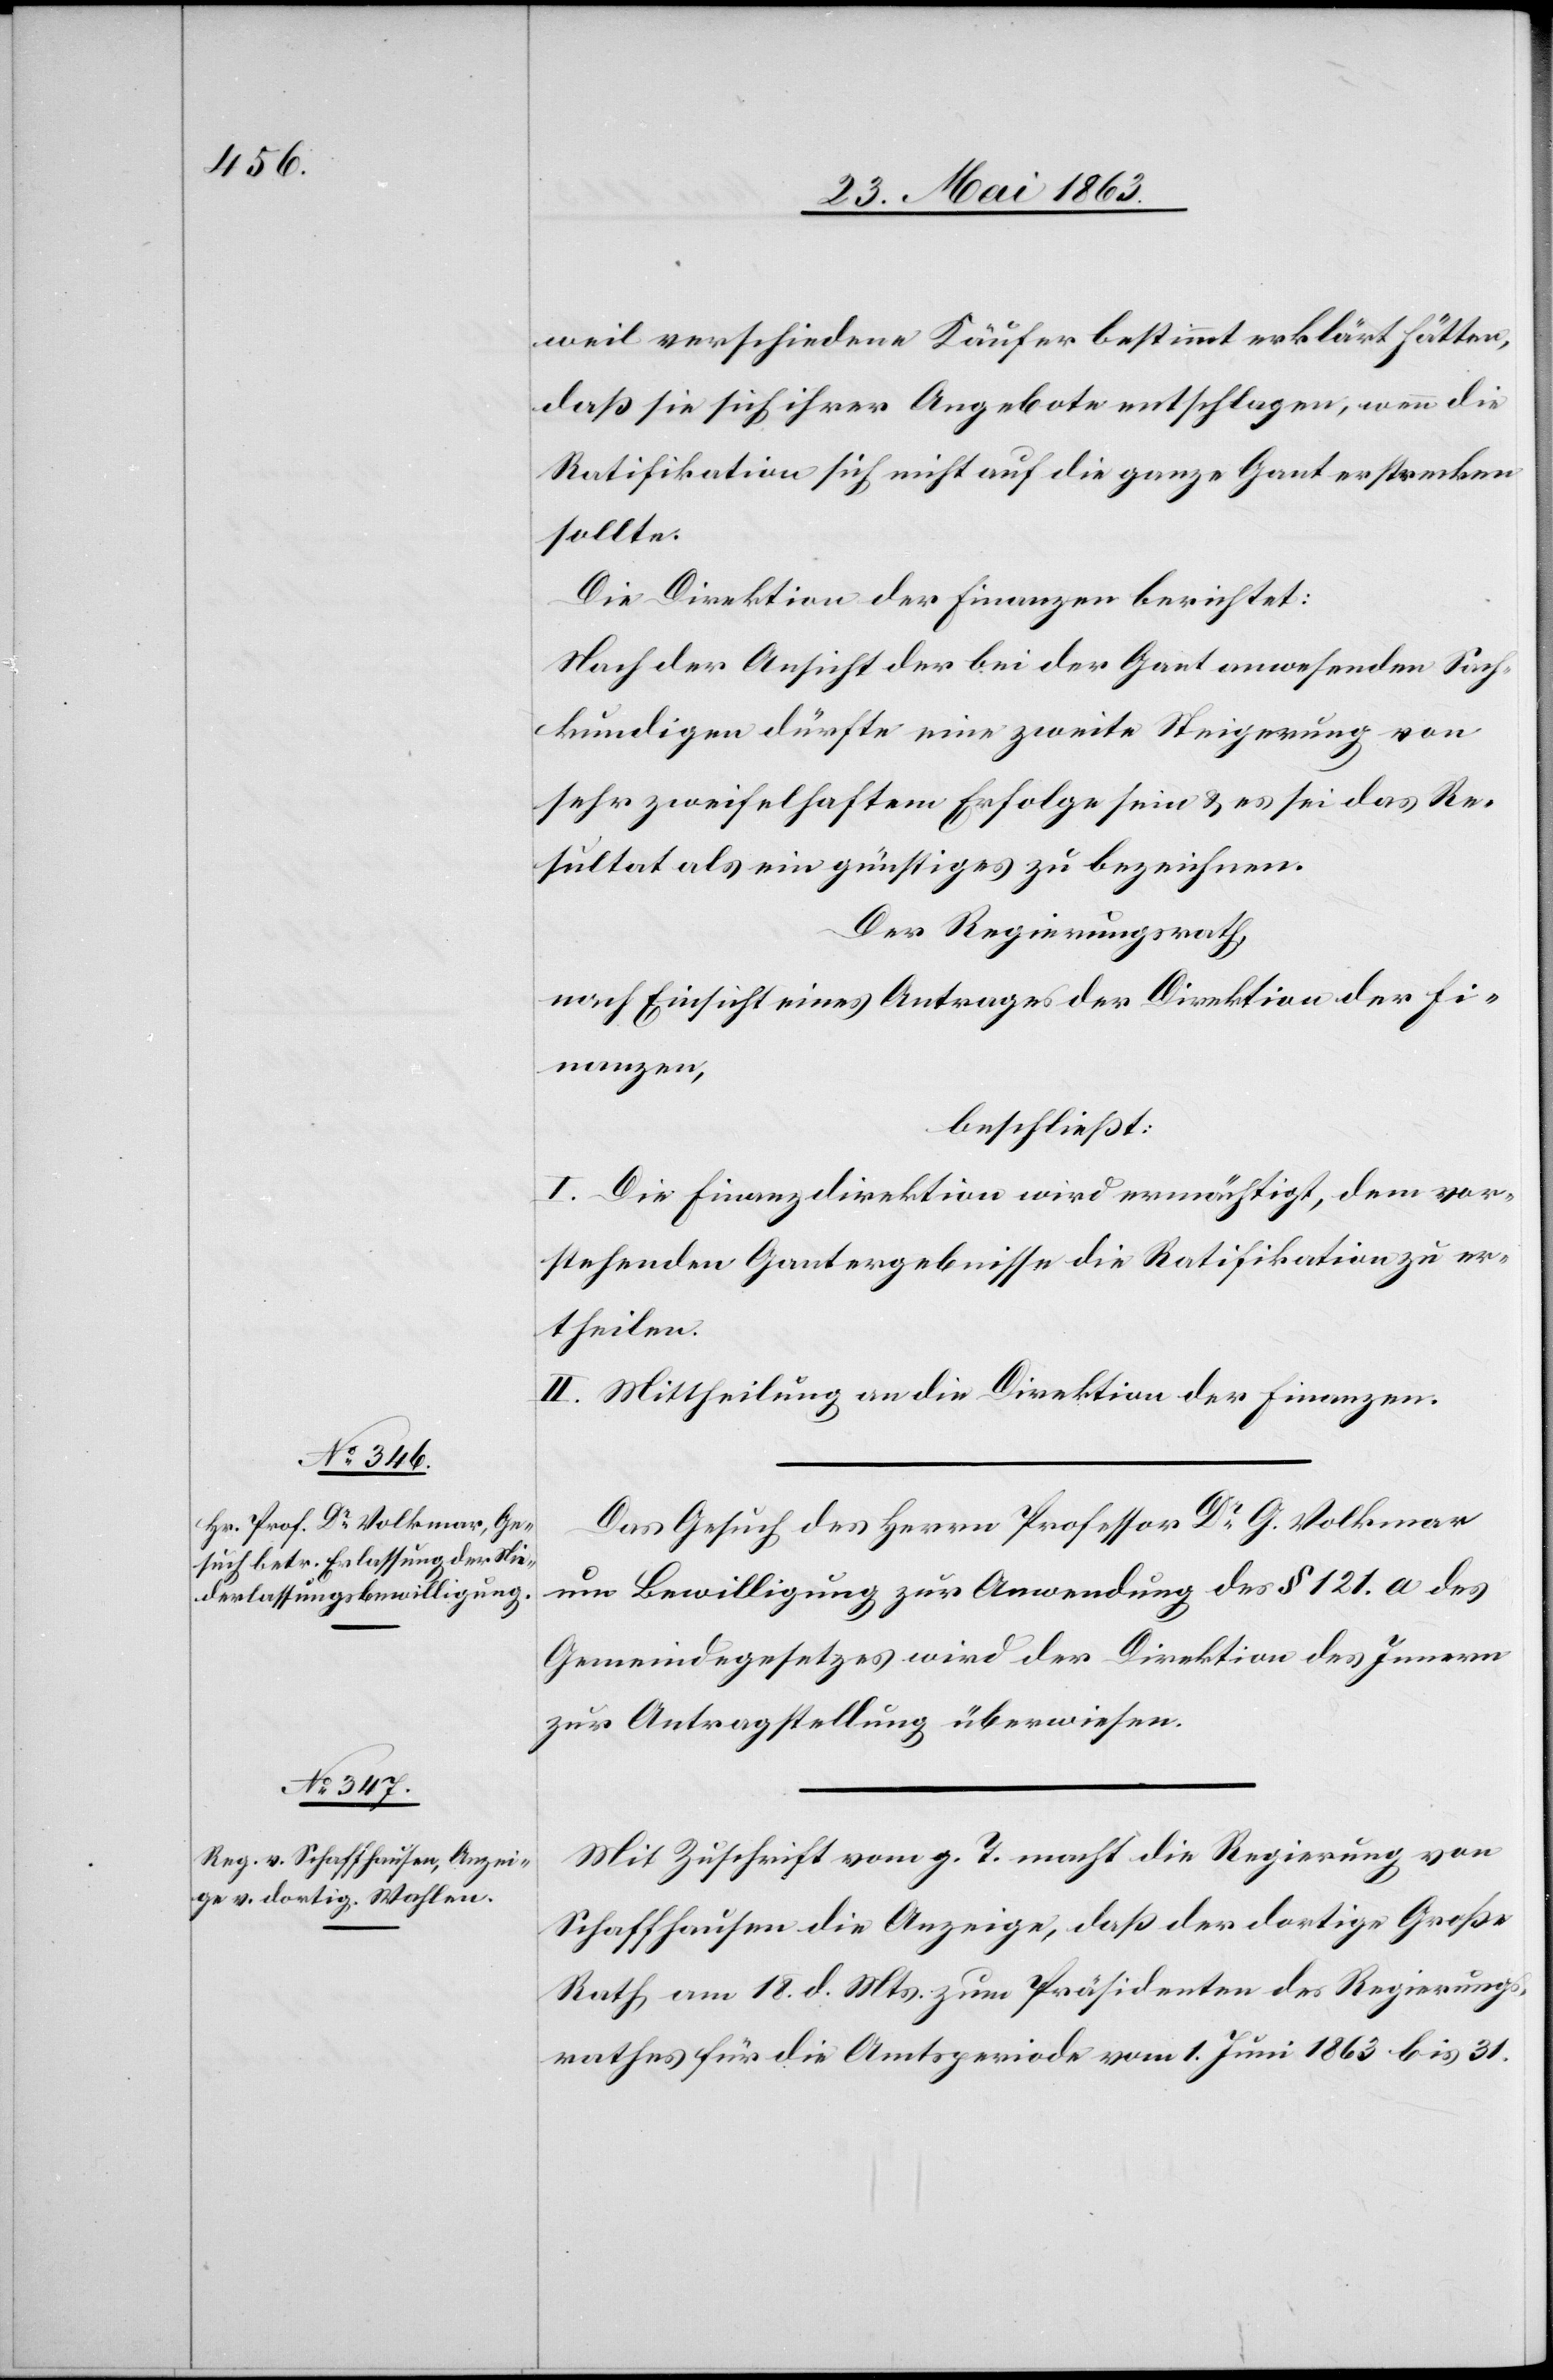
29. Mai 1863.]
weil verschiedene Käufer bestimmt erklärt hätten,
daß sie sich ihrer Angebote entschlagen, wenn die
Ratifikation sich nicht auf die ganze Gant erstrecken
sollte.
Die Direktion der Finanzen berichtet:
Nach der Ansicht der bei der Gant anwesenden Sach¬
kundigen dürfte eine zweite Steigerung von
sehr zweifelhaftem Erfolge sein & es sei das Re¬
sultat als ein günstiges zu bezeichnen.
Der Regierungsrath,
nach Einsicht eines Antrages der Direktion der Fi¬
nanzen,
beschließt:
I. Die Finanzdirektion wird ermächtigt, dem vor¬
stehenden Gantergebnisse die Ratifikation zu er¬
theilen.
II. Mittheilung an die Direktion der Finanzen.
Das Gesuch des Herrn Professor Dr G. Volkmar
um Bewilligung zur Anwendung des § 121. a des
Gemeindegesetzes wird der Direktion des Innern
zur Antragstellung überwiesen.
Mit Zuschrift vom g. T. macht die Regierung von
Schaffhausen die Anzeige, daß der dortige Große
Rath am 18. d. Mts. zum Präsidenten des Regierungs¬
rathes für die Amtsperiode vom 1. Juni 1863 bis 31.